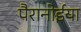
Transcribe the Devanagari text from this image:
पैरानोईया